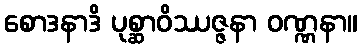
စောဒနာဒိ ပုစ္ဆာဝိဿဇ္ဇနာ ဝဏ္ဏနာ။